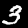
Digit: 3